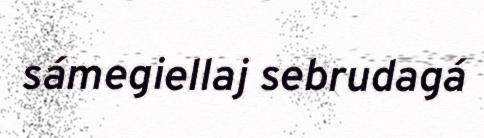
sámegiellaj sebrudagá